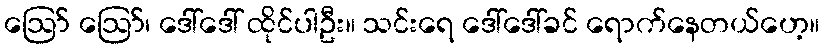
ဪ ဪ၊ ဒေါ်ဒေါ် ထိုင်ပါဦး။ သင်းရေ ဒေါ်ဒေါ်ခင် ရောက်နေတယ်ဟေ့။